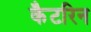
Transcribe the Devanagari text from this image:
कैटरिन